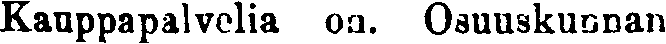
Kauppapalvelia on. Osuuskunnan